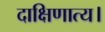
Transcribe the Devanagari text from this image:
दाक्षिणात्य।